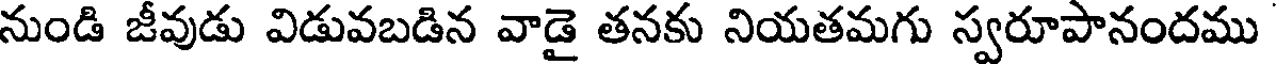
నుండి జీవుడు విడువబడిన వాడై తనకు నియతమగు స్వరూపానందము